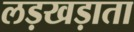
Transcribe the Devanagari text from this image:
लड़खड़ाता